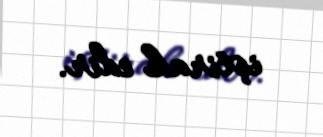
iştirak edir.